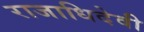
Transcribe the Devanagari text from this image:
राजाधिदेवी